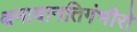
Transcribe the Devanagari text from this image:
क्षमावानतिगंभीरो